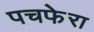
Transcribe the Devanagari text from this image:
पचफेरा